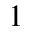
1